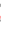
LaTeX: \! \! \! \! \! \! \! \! \! \! \! \ensuremath{\mathcal{Z}}\! \! \! \! \! \! \! \! \! \! \! \! _{\! \! \! \! \! \! \! \! \! \! \! \! \varepsilon\! \! \! \! \! \! \! \! \! \! \! \! ^{\! }\! \! \! \! \! \! \! \! \! \! \! *}\! \! \! \! \! \! \! \! \! \! \! \! \in\! \! \! \! \! \! \! \! \! \! \! \! C\! \! \! \! \! \! \! \! \! \! \! \! ^{r}\! \! \! \! \! \! \! \! \! \! \! \! (M\! \! \! \! \! \! \! \! \! \! \! \! )\! \! \! \! \! \! \! \! \! \! \! \! ,\! \! \! \! \! \! \! \! \! \! \!